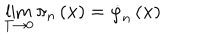
LaTeX: \lim _ { T \rightarrow 0 } \pi _ { n } \left( \mathbf { x } \right) = \dot { \varphi } _ { n } \left( \mathbf { x } \right)